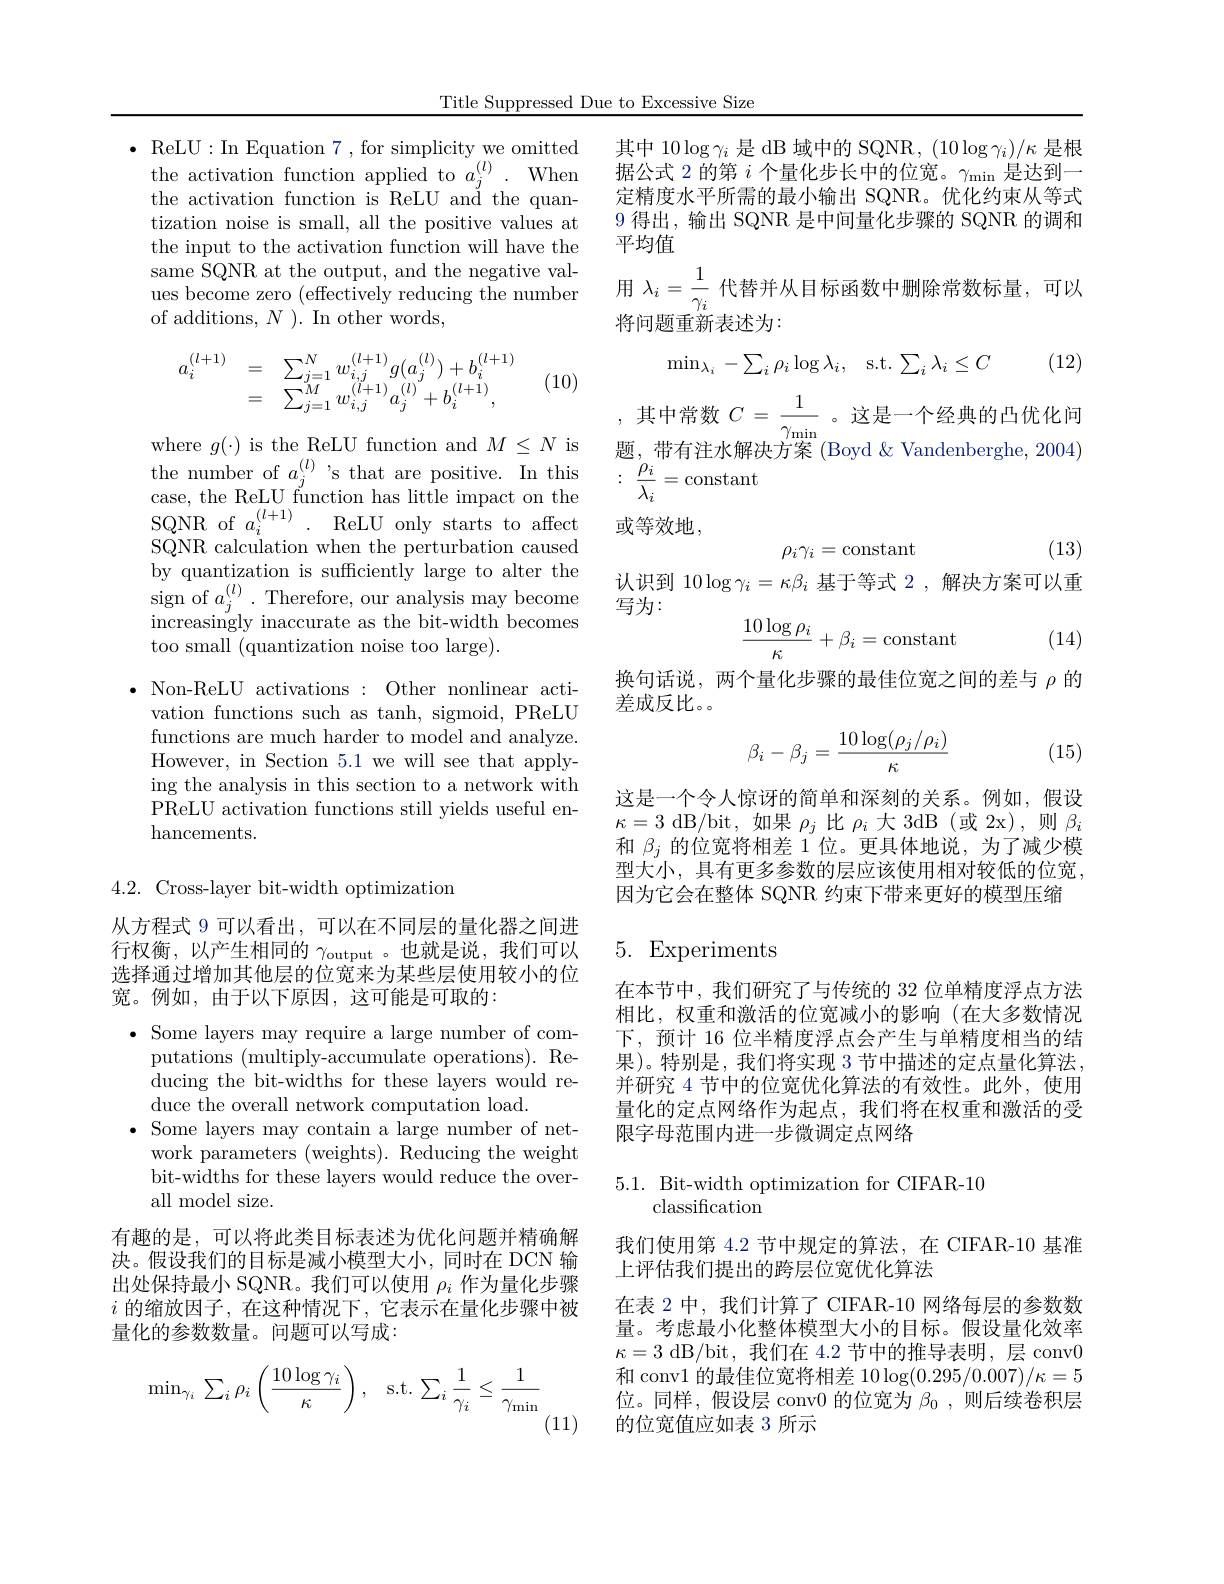
Title Suppressed Due to Excessive Size

$\bullet$ReLU:InEquation 7,for simplicity we omitted the activation function applied to $a_j^{(l)}.$When the activation function is ReLU and the quantization noise is small, all the positive values at the input to the activation function will have the same SQNR at the output, and the negative values become zero (effectively reducing the number of additions, $N$ ). In other words,
$$\begin{array}{rcl}a_i^{(l+1)}&=&\sum_{j=1}^Nw_{i,j}^{(l+1)}g(a_j^{(l)})+b_i^{(l+1)}\\&=&\sum_{j=1}^Mw_{i,j}^{(l+1)}a_j^{(l)}+b_i^{(l+1)},\end{array}$$
(10)

where $g(\cdot)$ is the ReLU function and $M\leq N$ is $\begin{array}{ll}{\mathrm{the~number~of~}a_{j}^{(l)}}\mathrm{~'s~that~are~positive.~In~this}\\{\mathrm{case,~the~ReLU~function~has~little~impact~on~the}}\end{array}$ SQNR of $a_{i}^{(l+1)}.$ ReLU only starts to affect SQNR calculation when the perturbation caused by quantization is sufficiently large to alter the sign of $a_j^{(l)}.$ Therefore, our analysis may become increasingly inaccurate as the bit-width becomes too small (quantization noise too large).

$\bullet$ Non-ReLU activations : Other nonlinear activation functions such as tanh, sigmoid, PReLU functions are much harder to model and analyze. However, in Section 5.1 we will see that applying the analysis in this section to a network with PReLU activation functions still yields useful enhancements.

4.2. Cross-layer bit-width optimization

从方程式 9 可以看出，可以在不同层的量化器之间进行权衡，以产生相同的$\gamma_\mathrm{output}$ 。也就是说，我们可以选择通过增加其他层的位宽来为某些层使用较小的位宽。例如，由于以下原因，这可能是可取的：

$\bullet$ Some layers may require a large number of computations (multiply-accumulate operations). Reducing the bit-widths for these layers would reduce the overall network computation load.
$\bullet$ Some layers may contain a large number of net-
work parameters (weights). Reducing the weight bit-widths for these layers would reduce the overall model size.

有趣的是，可以将此类目标表述为优化问题并精确解决。假设我们的目标是减小模型大小，同时在 DCN 输出处保持最小 SQNR。我们可以使用$\rho_i$作为量化步骤$i$的缩放因子，在这种情况下，它表示在量化步骤中被量化的参数数量。问题可以写成：
$$\min_{\gamma_i}\:\sum_i\rho_i\left(\frac{10\log\gamma_i}{\kappa}\right),\quad\mathrm{s.t.}\:\sum_i\frac{1}{\gamma_i}\leq\frac{1}{\gamma_{\mathrm{min}}}$$
(11)

其中$10\log\gamma_i$是 dB 域中的 SQNR, $(10\log\gamma_i)/\kappa$是根据公式 2 的第$i$个量化步长中的位宽。$\gamma_\mathrm{min}$是达到一定精度水平所需的最小输出 SQNR。优化约束从等式9 得出，输出 SQNR 是中间量化步骤的 SQNR 的调和平均值
用$\lambda_i=\frac1{\gamma_i}$代替并从目标函数中删除常数标量，可以
将问题重新表述为：

(12)
$$\min_{\lambda_i}-\sum_i\rho_i\log\lambda_i,\quad\mathrm{s.t.}\sum_i\lambda_i\leq C$$
,其中常数$C=\frac1{\gamma_{\min}}$。这是一个经典的凸优化问$题，带有注水解决方案(Bovd Vandenberghe,2004)$ : $\frac {\rho _{i}}{\lambda _{i}}=$constant

或等效地，

(13)
$$\rho_i\gamma_i=\text{constant}$$
认识到$10\log\gamma_i=\kappa\beta_i$基于等式 2,解决方案可以重
写为：
$$\dfrac{10\log\rho_i}{\kappa}+\beta_i=\text{constant}$$
(14)

换句话说，两个量化步骤的最佳位宽之间的差与$\rho$的
差成反比。
$$\beta_i-\beta_j=\frac{10\log(\rho_j/\rho_i)}{\kappa}$$
(15)

这是一个令人惊讶的简单和深刻的关系。例如，假设$\kappa=3$ dB/bit, 如果$\rho_{j}$比$\rho_{i}$大 3dB (或 2x),则$\beta_{i}$ 和$\beta_j$的位宽将相差 1位。更具体地说，为了减少模型大小，具有更多参数的层应该使用相对较低的位宽， 因为它会在整体 SQNR 约束下带来更好的模型压缩

### 5. Experiments

在本节中，我们研究了与传统的 32 位单精度浮点方法相比，权重和激活的位宽减小的影响(在大多数情况下，预计 16 位半精度浮点会产生与单精度相当的结果)。特别是，我们将实现 3 节中描述的定点量化算法， 并研究 4 节中的位宽优化算法的有效性。此外，使用量化的定点网络作为起点，我们将在权重和激活的受限字母范围内进一步微调定点网络

5.1. Bit-width optimization for CIFAR-10
classification

我们使用第 4.2 节中规定的算法，在 CIFAR-10 基准
上评估我们提出的跨层位宽优化算法

在表 2 中，我们计算了 CIFAR-10 网络每层的参数数量。考虑最小化整体模型大小的目标。假设量化效率$\kappa=3$ dB/bit, 我们在 4.2 节中的推导表明，层 conv0和 conv1 的最佳位宽将相差$10\log(0.295/0.007)/\kappa=5$ 位。同样，假设层 conv0 的位宽为$\beta_0$ ,则后续卷积层的位宽值应如表 3 所示